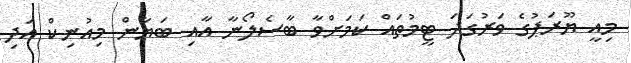
މިއީ ޔޫރަޕުގެ ވަރުގަދަ ޓީމުތައް ކަމަށްވާ ބާސެލޯނާ އާއި ބަޔާން މިއުނިކް އަދި